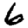
Digit: 6